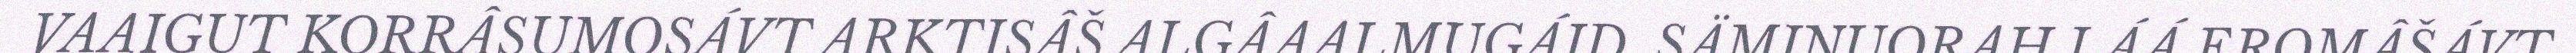
VAAIGUT KORRÂSUMOSÁVT ARKTISÂŠ ALGÂAALMUGÁID. SÄMINUORAH LÁÁ EROMÂŠÁVT